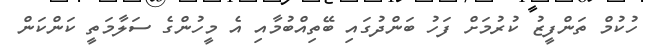
ހުކުމް ތަންފީޒު ކުރުމަށް ފަހު ބަންދުގައި ބޭތިއްބުމާއި އެ މީހުންގެ ސަލާމަތީ ކަންކަން